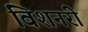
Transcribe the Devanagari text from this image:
विशनरी